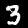
Digit: 3